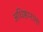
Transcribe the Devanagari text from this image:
अधिष्ठानाला